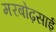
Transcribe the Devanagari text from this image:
मरबोढ़साई